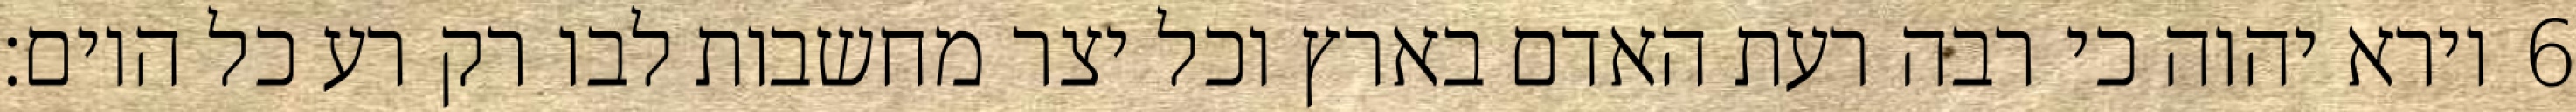
וירא יהוה כי רבה רעת האדם בארץ וכל יצר מחשבות לבו רק רע כל היום׃ ‎6‏